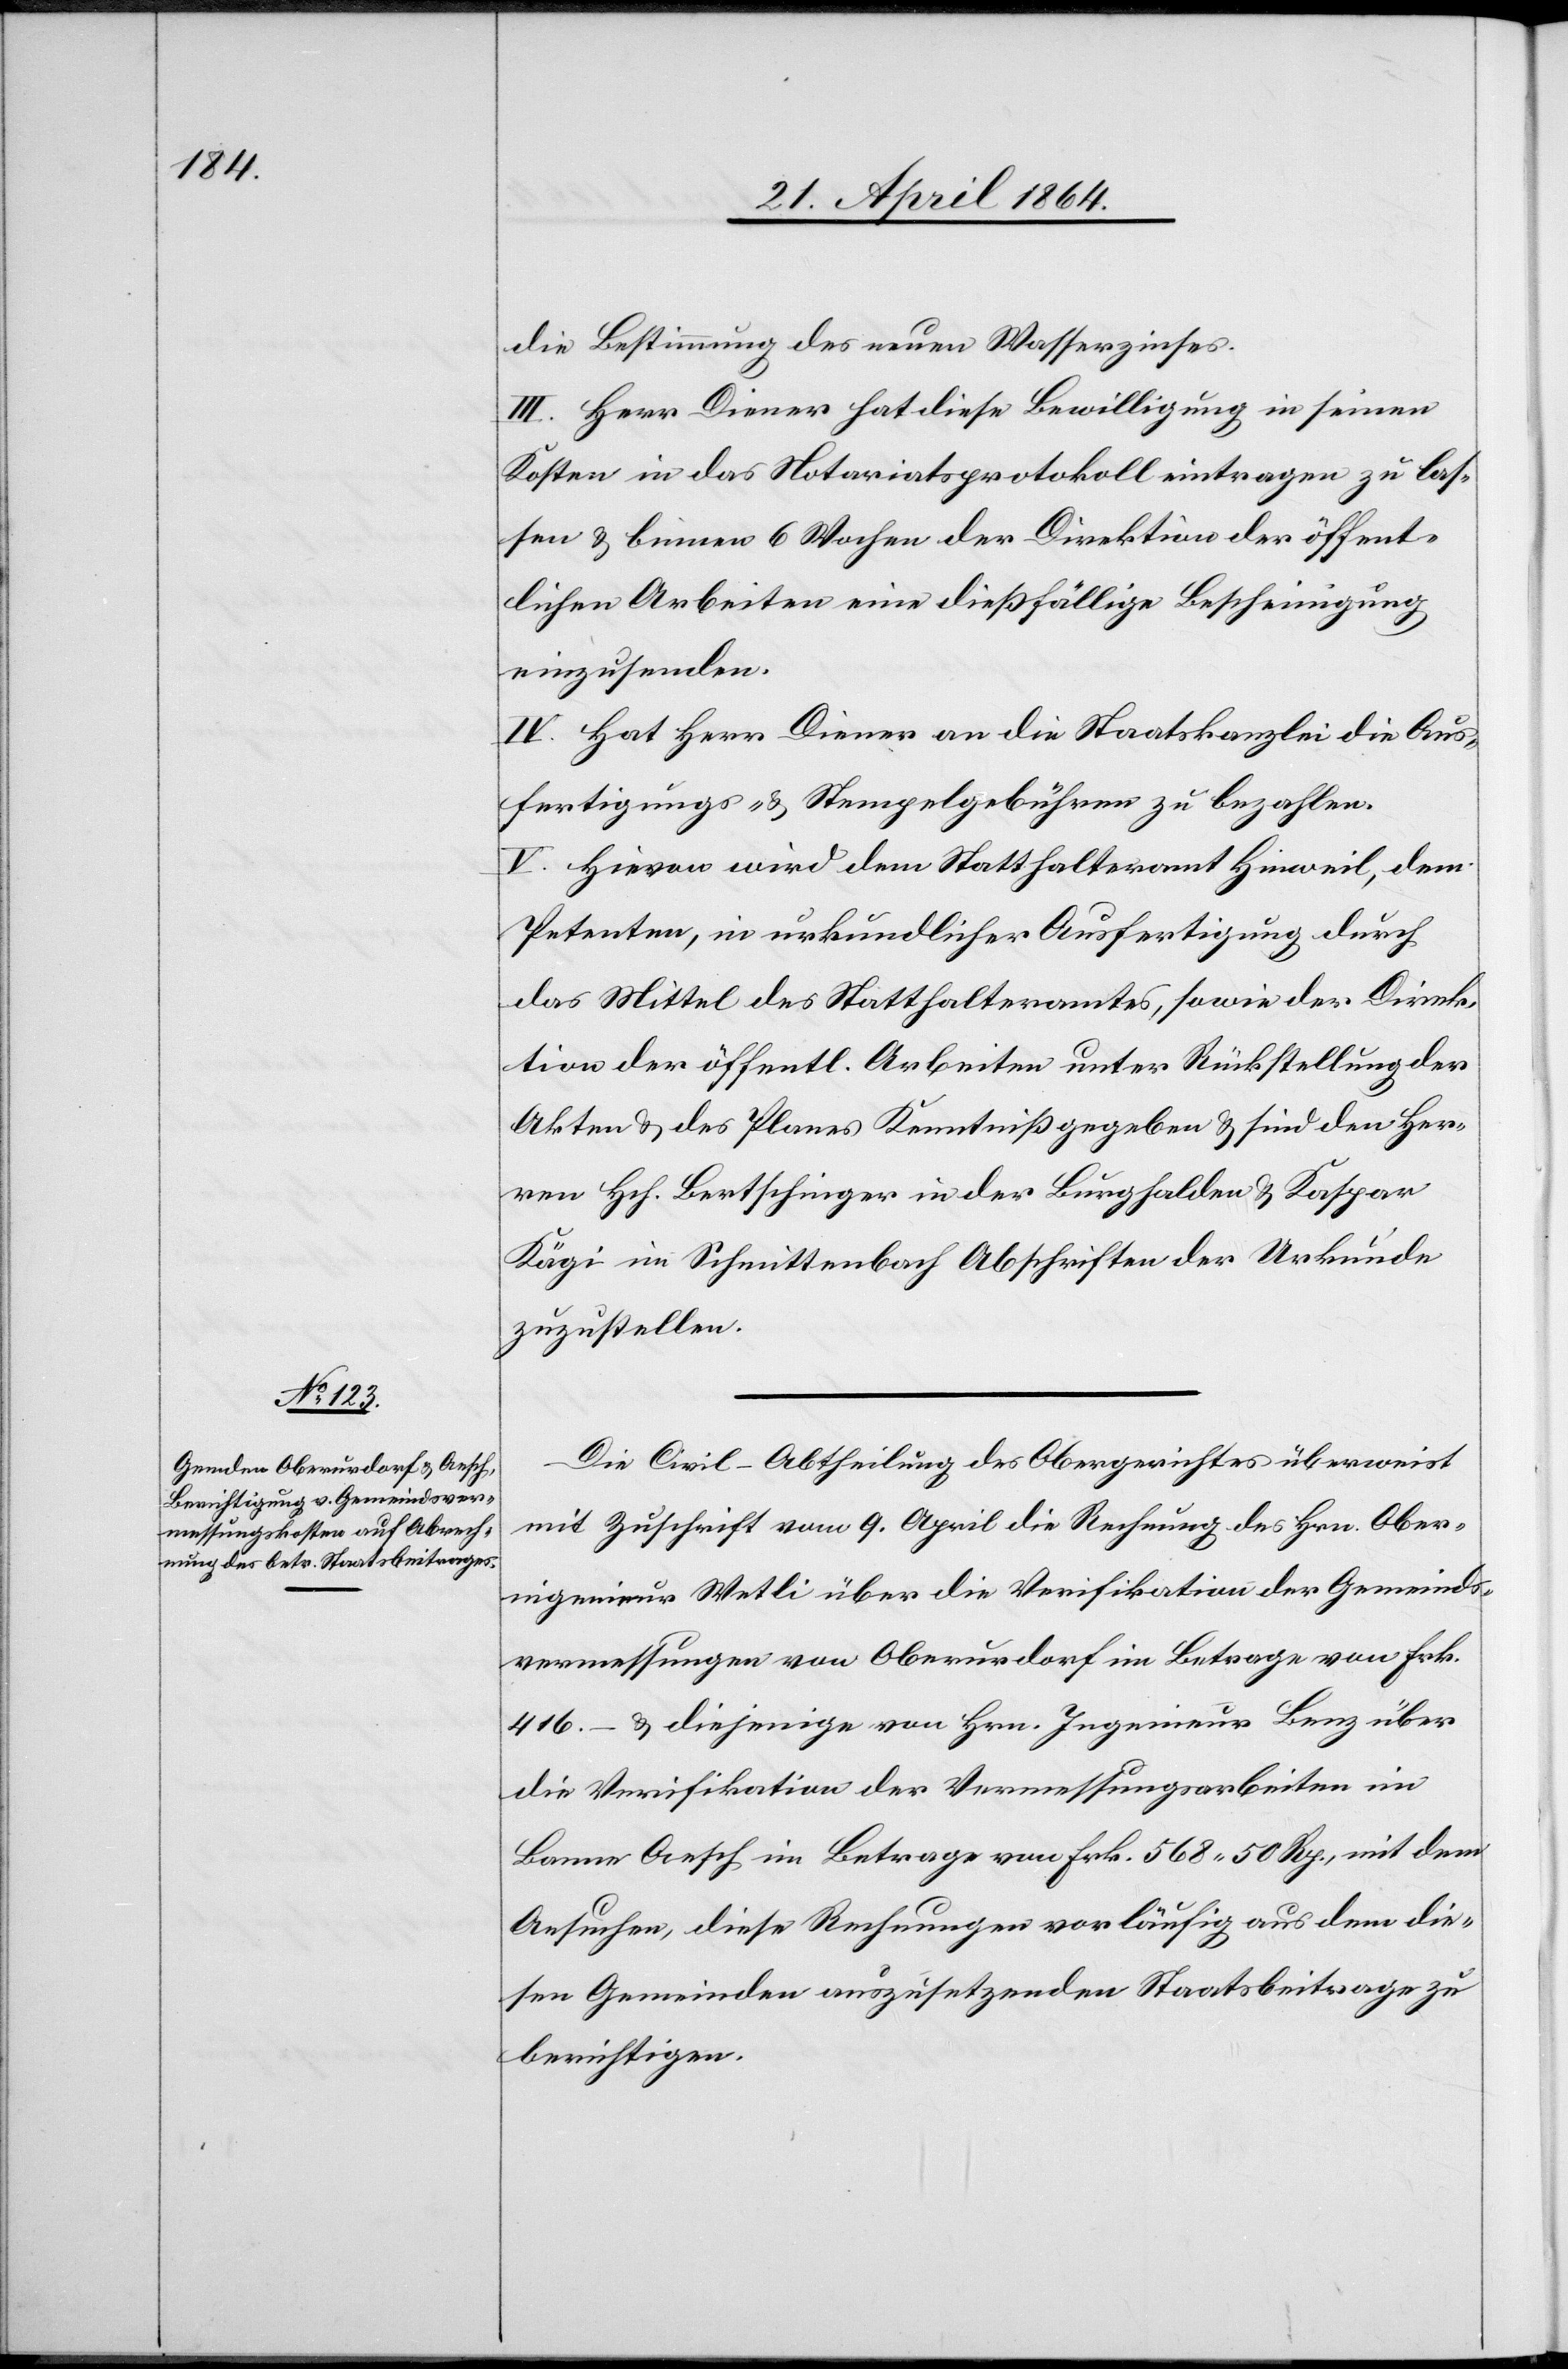
die Bestimmung des neuen Wasserzinses.
III. Herr Diener hat diese Bewilligung in seinen
Kosten in das Notariatsprotokoll eintragen zu las¬
sen u. binnen 6 Wochen der Direktion der öffent¬
lichen Arbeiten eine dießfällige Bescheinigung
einzusenden.
IV. Hat Herr Diener an die Staatskanzlei die Aus¬
fertigungs- u. Stempelgebühren zu bezahlen.
V. Hievon wird dem Statthalteramt Hinweil, dem
Petenten, in urkundlicher Ausfertigung durch
das Mittel des Statthalteramtes, sowie der Direk¬
tion der öffentl. Arbeiten unter Rückstellung der
Akten u. des Planes Kenntniß gegeben u. sind den Her¬
ren Hch. Bertschinger in der Burghalden u. Kaspar
Kägi im Schmittenbach Abschriften der Urkunde
zuzustellen.
Die Civil-Abtheilung des Obergerichtes überweist
mit Zuschrift vom 9. April die Rechnung des Hrn. Ober¬
ingenieur Wetli über die Verifikation der Gemeinds¬
vermessungen von Oberurdorf im Betrage von Frk.
416.– u. diejenige von Hrn. Ingenieur Lenz über
die Verifikation der Vermessungsarbeiten im
Banne Aesch im Betrage von Frk. 568 50 Rp., mit dem
Ansuchen, diese Rechnungen vorläufig aus dem die¬
sen Gemeinden auszusetzenden Staatsbeitrage zu
berichtigen.